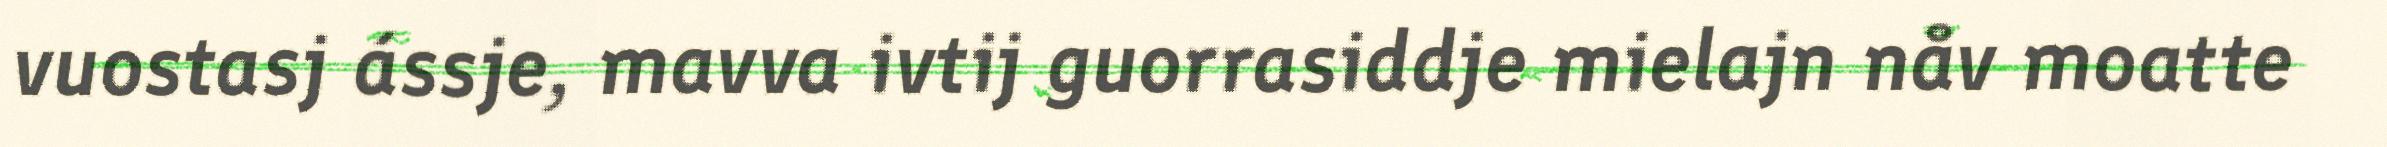
vuostasj ássje, mavva ivtij guorrasiddje mielajn nåv moatte